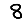
Digit: 8